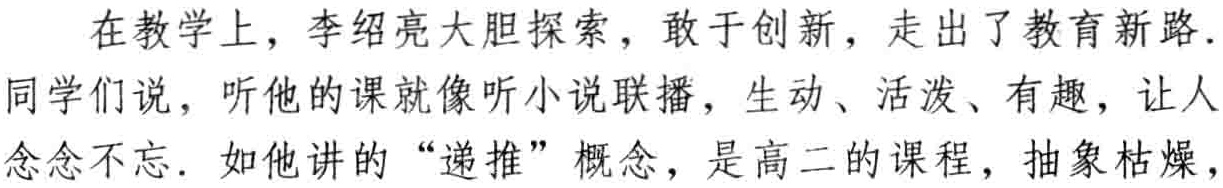
在教学上，李绍亮大胆探索，敢于创新，走出了教育新路. 同学们说，听他的课就像听小说联播，生动、活泼、有趣，让人念念不忘. 如他讲的“递推”概念，是高二的课程，抽象枯燥，